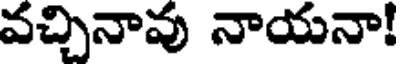
వచ్చినావు నాయనా!